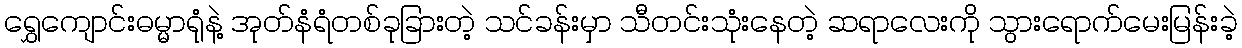
ရွှေကျောင်းဓမ္မာရုံနဲ့ အုတ်နံရံတစ်ခုခြားတဲ့ သင်ခန်းမှာ သီတင်းသုံးနေတဲ့ ဆရာလေးကို သွားရောက်မေးမြန်းခဲ့